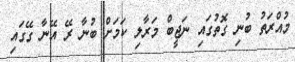
މުއްރަތު ބުނި ގޮތުގައި ނަޖީބް މަރާލި ކަމަށް ބުނާ ރޭ އޭނާ ގޭގައި